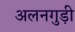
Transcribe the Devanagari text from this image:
अलनगुड़ी